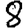
Digit: 8